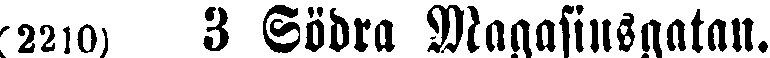
(2210) 3 Södra Magasinsgatan.